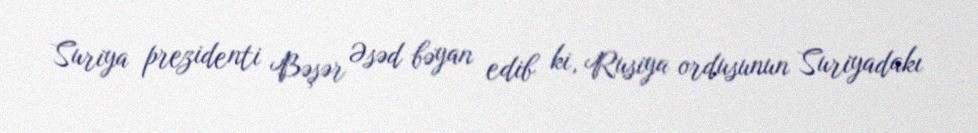
Suriya prezidenti Bəşər Əsəd bəyan edib ki, Rusiya ordusunun Suriyadakı